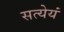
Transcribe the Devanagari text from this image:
सत्येयं